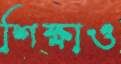
শিক্ষাও